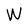
Character: W